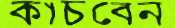
কাচবেন